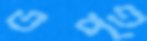
তপ্ত